NAE_ERA_R-1950_Eesti_Ajakirjanike_Liit, lk 63
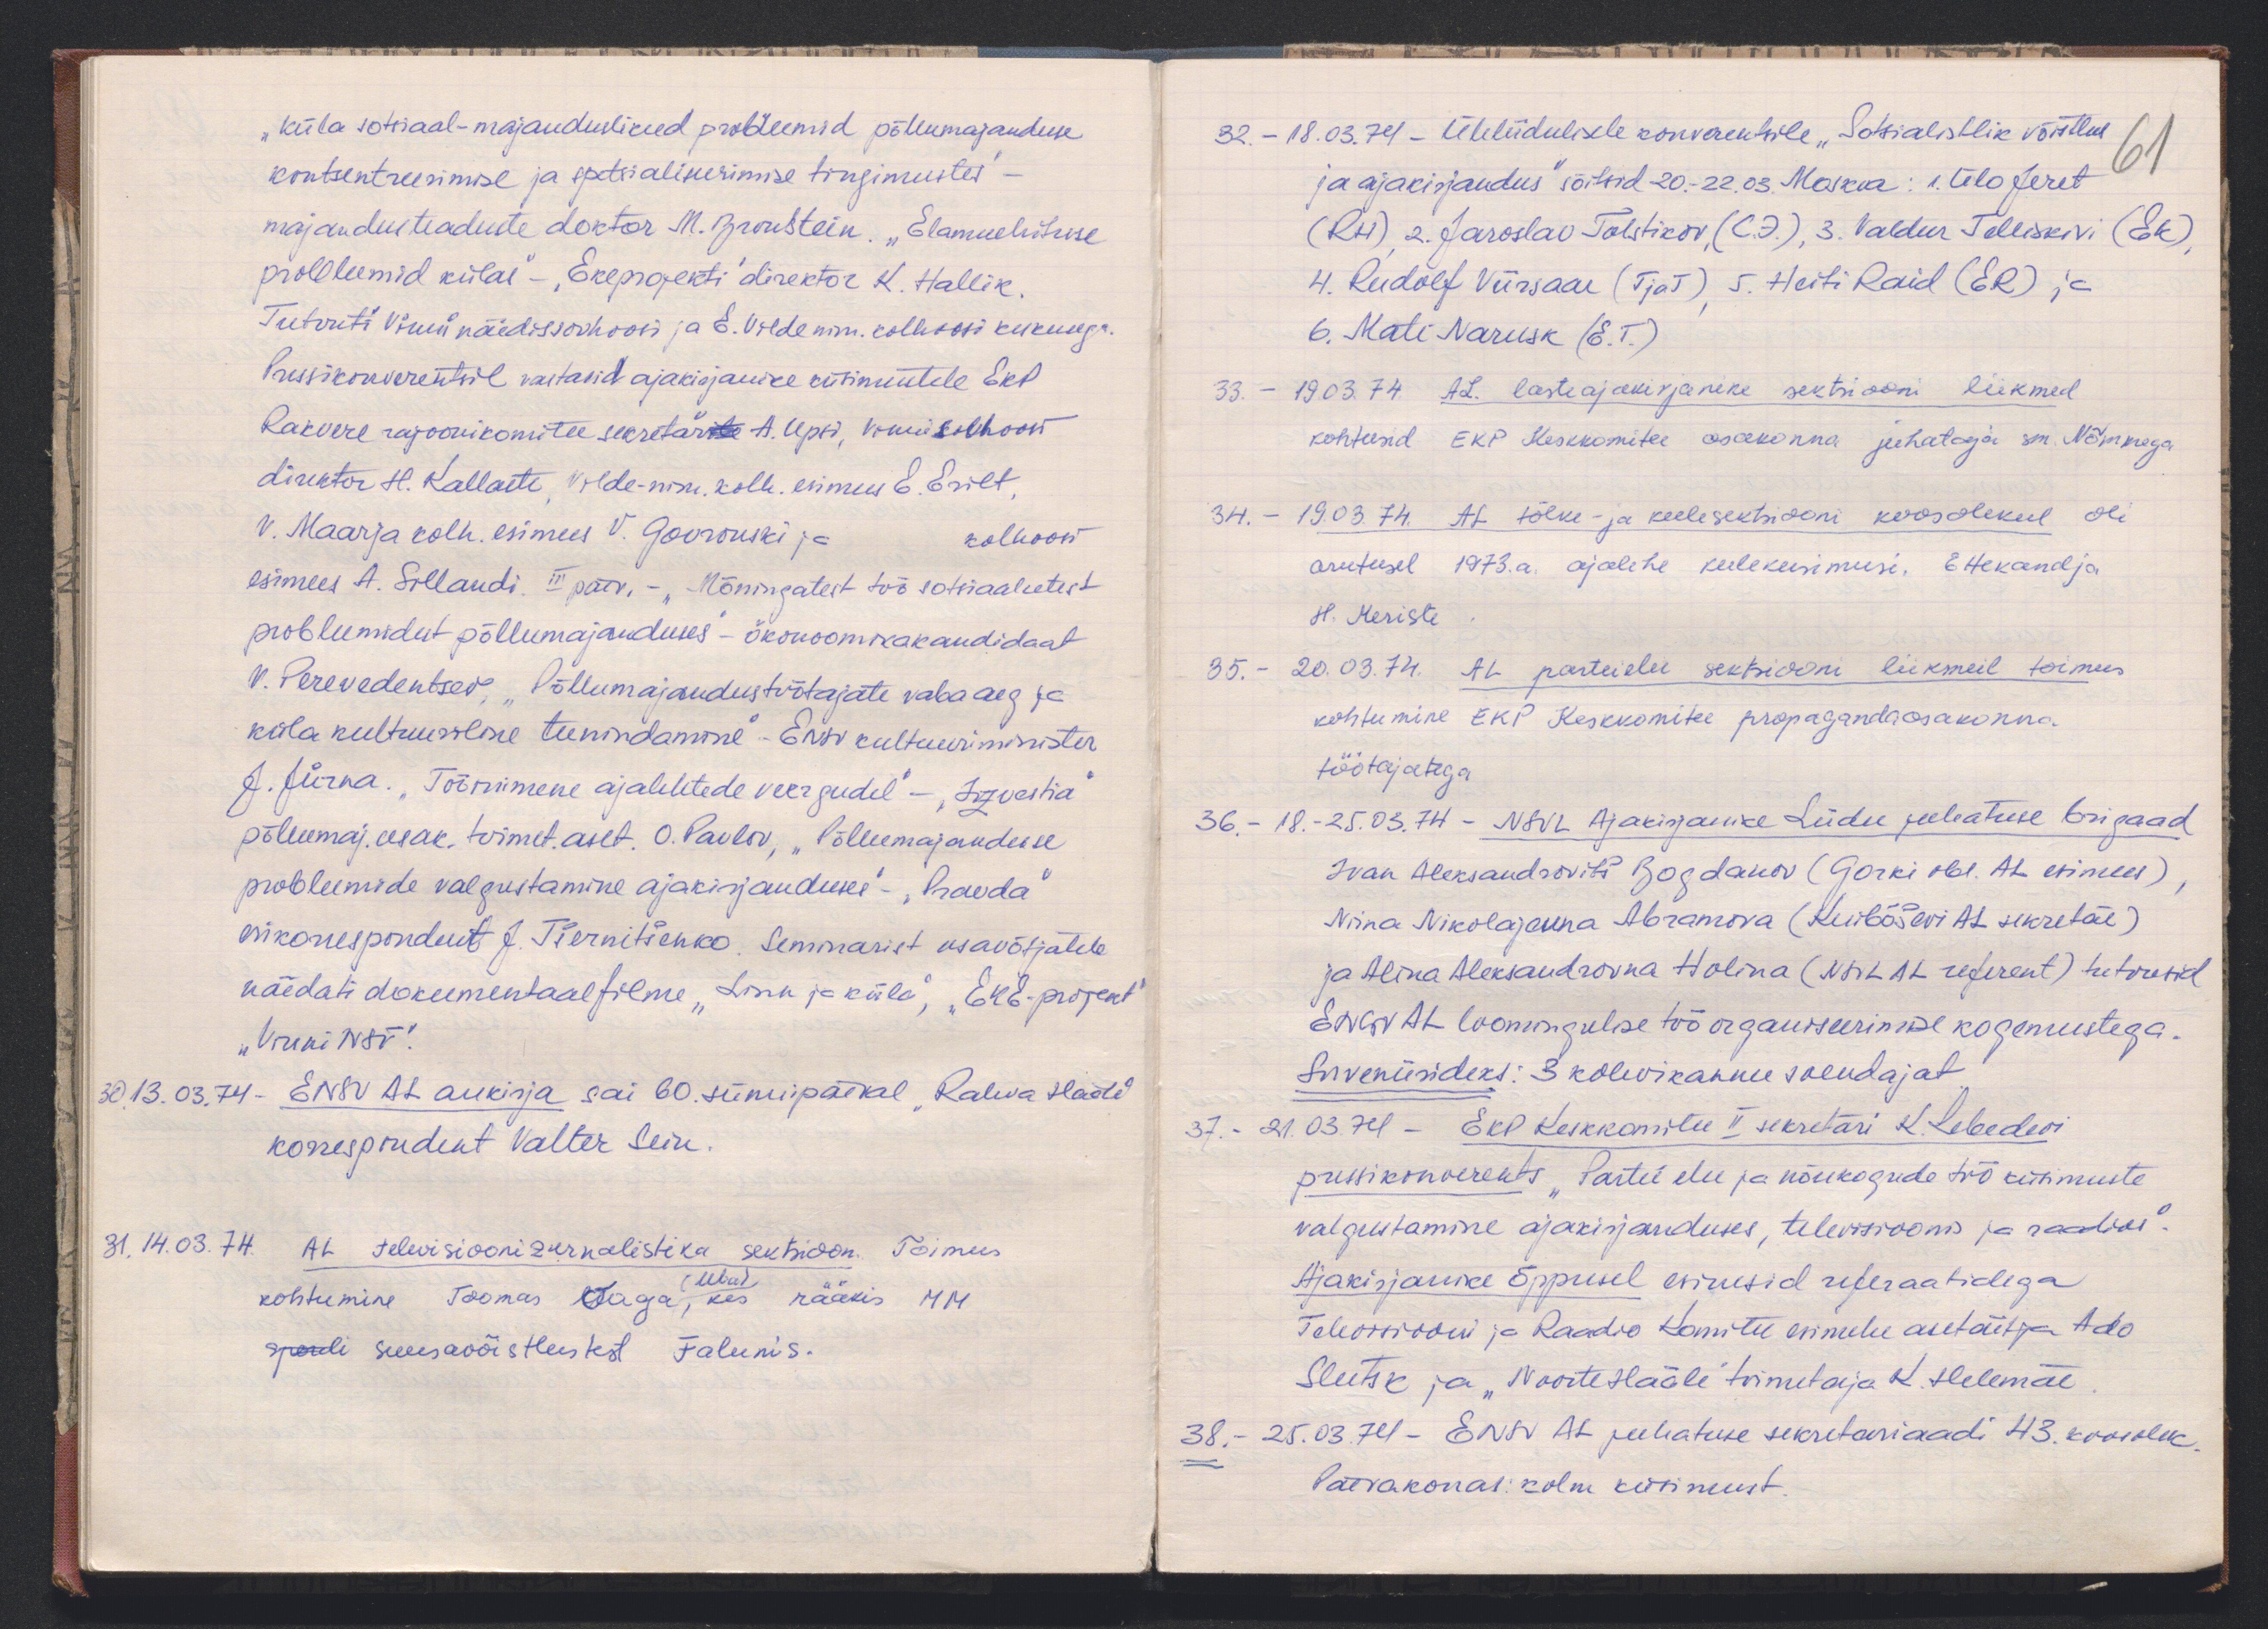
„küla sotsiaal-majanduslised probleemid põllumajanduse
kontsentreerimise ja spetsialiseerimise tingimustes
majandusteaduste doktor M. Bronstein. "Elamuehituse
probleemid külas" - "Ekeprojekti" direktor K. Hallik.
Tutvuti Vinni näidissovhoosi ja E. Vilde nim. kolhoosi keskusega.
Pressikonverentsil vastasid ajakirjanike küsimustele EKP
Rakvere rajoonikomitee sekretärite A. Upsi, Vinni sovhoosi
direktor H. Kallaste, Vilde-nim. kolh. esimees E. Erilt.
V. Maarja kolh. esimees V. Govrunski ja kolhoosi
esimees A. Sillandi, III pärv, - "Mõningatest töö sotsiaalsetest
probleemidest põllumajanduses - ökonoomikakandidaat
V. Perevedentsev, "Põllumajandustöötajate vaba aeg ja
küla kultuuriline teenindamine" - ENSV kultuuriminister
J. Jürna. "Tööinimene ajalehtede veergudel" - "Izvestia"
põllumaj. osak. toimet. aset. O. Pavlov, "Põllumajanduse
probleemide valgustamine ajakirjanduses" -"Pravda“
esikorrespondent  J. Tšernitšenko. Seminarist osavõtjatele
näidati dokumentaalfilme "Linn ja küla", "EKE-projekt"
"Vinni NSV".
30. 13.03.74. ENSV AL aukirja sai 60. sünnipäeval "Rahva Hääle"
korrespondent Valter Sein.
31. 14.03.74. AL Televisioonizurnalistika sektsioon. Toimus
kohtumine Toomas Oaga, kes rääkis MM
Uba)
spordi suusa võistlustest Falunis.

32. - 18.03.74 - Üleliidulisele konverentsile "Sotsialistlik võistlus-
61
ja ajakirjandus" sõitsid 20.-22.03. Moskva: 1. Ülo Jeret
(RH), 2. Jaroslav Tolstikov (C.D), 3. Valdur Telliskivi (EK),
4. Rudolf Viirsaar (TjaT) 5. Heiti Raid (ER) ja
6. Marie Narusk (E.T.)
33. - 19.03.74 AL lasteajakirjanike sektsiooni liikmed
kohtusid EKP Keskkomitee osakonna juhataja sm. Nõmmega
34. - 19.03.74. AL tõlke- ja keelesektsiooni koosolekul oli
arutusel 1973. a. ajalehe keelekusimusi. Ettekandja
H. Meriste
35. - 20.03.74. AL parteielu sektsiooni liikmeil toimus
kohtumine EKP Keskkomitee propagandaosakonna
töötajatega
36. - 18.-25.03.74 - NSVL Ajakirjanike Liidu juhatuse brigaad
Ivan Aleksandrovitš Bogdanov (Gorki obl. AL esimees),
Nina Nikolajevna Abramova (Kuibõševi AL sekretär)
ja Alina Aleksandrovna Holina (NSVL AL referent) tutvusid
ENSV AL loomingulise töö organiseerimise kogemustega.
Suveniirideks: 3 kohvikannu soojendajat
37. - 21.03.74 - EKP Keskkomitee II sekretäri K. Lebedevi
pressikonverents "Partei elu ja nõukogude töö küsimuste
valgustamine ajakirjanduses, televisioonis ja raadios".
Ajakirjanike õppusel esinesid referaatidega
Televisiooni ja Raadio Komitee esimehe asetäitja Ado
Slutsk ja "Noorte Hääle" toimetaja K. Helemäe
38. - 25.03.74 - ENSV AL juhatuse sekretariaadi 43. koosolek
Päevakorras: kolm küsimust.